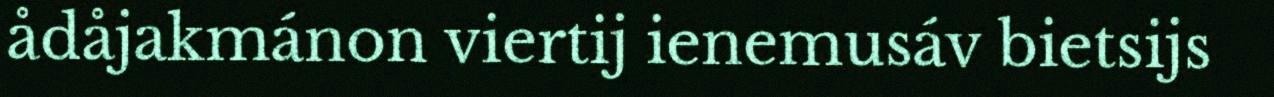
ådåjakmánon viertij ienemusáv bietsijs